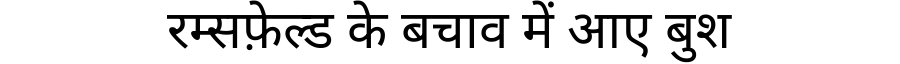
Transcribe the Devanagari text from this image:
रम्सफ़ेल्ड के बचाव में आए बुश